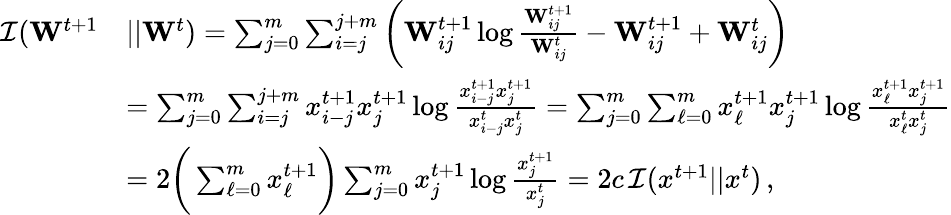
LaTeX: \begin{array}{rl}{\mathcal{I}(\mathbf{W}^{t+1}}&{||\mathbf{W}^{t})=\sum_{j=0}^{m}\sum_{i=j}^{j+m}\bigg(\mathbf{W}_{ij}^{t+1}\log\frac{\mathbf{W}_{ij}^{t+1}}{\mathbf{W}_{ij}^{t}}-\mathbf{W}_{ij}^{t+1}+\mathbf{W}_{ij}^{t}\bigg)}\\ &{=\sum_{j=0}^{m}\sum_{i=j}^{j+m}x_{i-j}^{t+1}x_{j}^{t+1}\log\frac{x_{i-j}^{t+1}x_{j}^{t+1}}{x_{i-j}^{t}x_{j}^{t}}=\sum_{j=0}^{m}\sum_{\ell=0}^{m}x_{\ell}^{t+1}x_{j}^{t+1}\log\frac{x_{\ell}^{t+1}x_{j}^{t+1}}{x_{\ell}^{t}x_{j}^{t}}}\\ &{=2\bigg(\sum_{\ell=0}^{m}x_{\ell}^{t+1}\bigg)\sum_{j=0}^{m}x_{j}^{t+1}\log\frac{x_{j}^{t+1}}{x_{j}^{t}}=2c\, \mathcal{I}(x^{t+1}||x^{t})\, ,}\end{array}